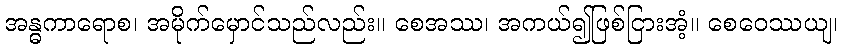
အန္ဓကာရောစ၊ အမိုက်မှောင်သည်လည်း။ စေအဿ၊ အကယ်၍ဖြစ်ငြားအံ့။ စေဝေဿယျ၊